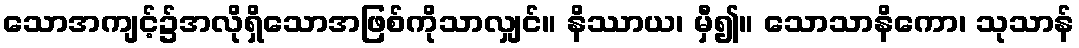
သောအကျင့်၌အလိုရှိသောအဖြစ်ကိုသာလျှင်။ နိဿာယ၊ မှီ၍။ သောသာနိကော၊ သုသာန်